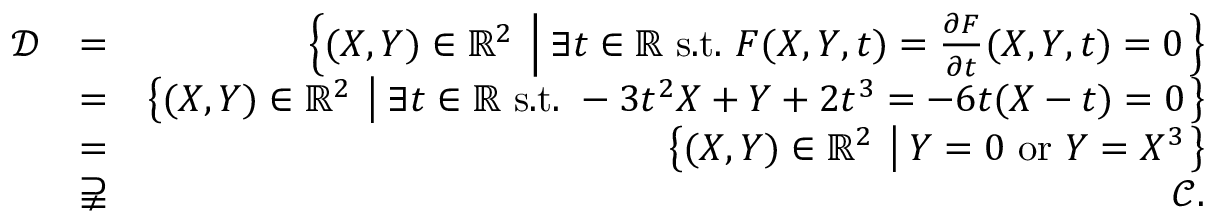
\begin{array} { r l r } { \mathcal { D } } & { = } & { \left\{ ( X , Y ) \in \mathbb { R } ^ { 2 } \: \left| \: \exists t \in \mathbb { R } \mathrm { ~ s . t . ~ } F ( X , Y , t ) = \frac { \partial F } { \partial t } ( X , Y , t ) = 0 \right. \right\} } \\ { } & { = } & { \left\{ ( X , Y ) \in \mathbb { R } ^ { 2 } \: \left| \: \exists t \in \mathbb { R } \mathrm { ~ s . t . ~ } - 3 t ^ { 2 } X + Y + 2 t ^ { 3 } = - 6 t ( X - t ) = 0 \right. \right\} } \\ { } & { = } & { \left\{ ( X , Y ) \in \mathbb { R } ^ { 2 } \: \left| \: Y = 0 \mathrm { ~ o r ~ } Y = X ^ { 3 } \right. \right\} } \\ { } & { \supsetneqq } & { \mathcal { C } . } \end{array}